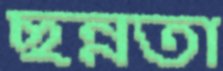
ছন্নতা